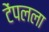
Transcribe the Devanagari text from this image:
टेंपलला